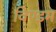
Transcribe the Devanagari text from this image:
विण्डम